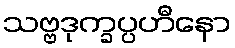
သဗ္ဗဒုက္ခပ္ပဟီနော